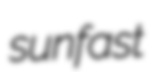
sunfast